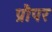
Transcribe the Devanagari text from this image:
प्रौपर